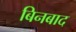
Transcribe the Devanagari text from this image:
बिनबाद